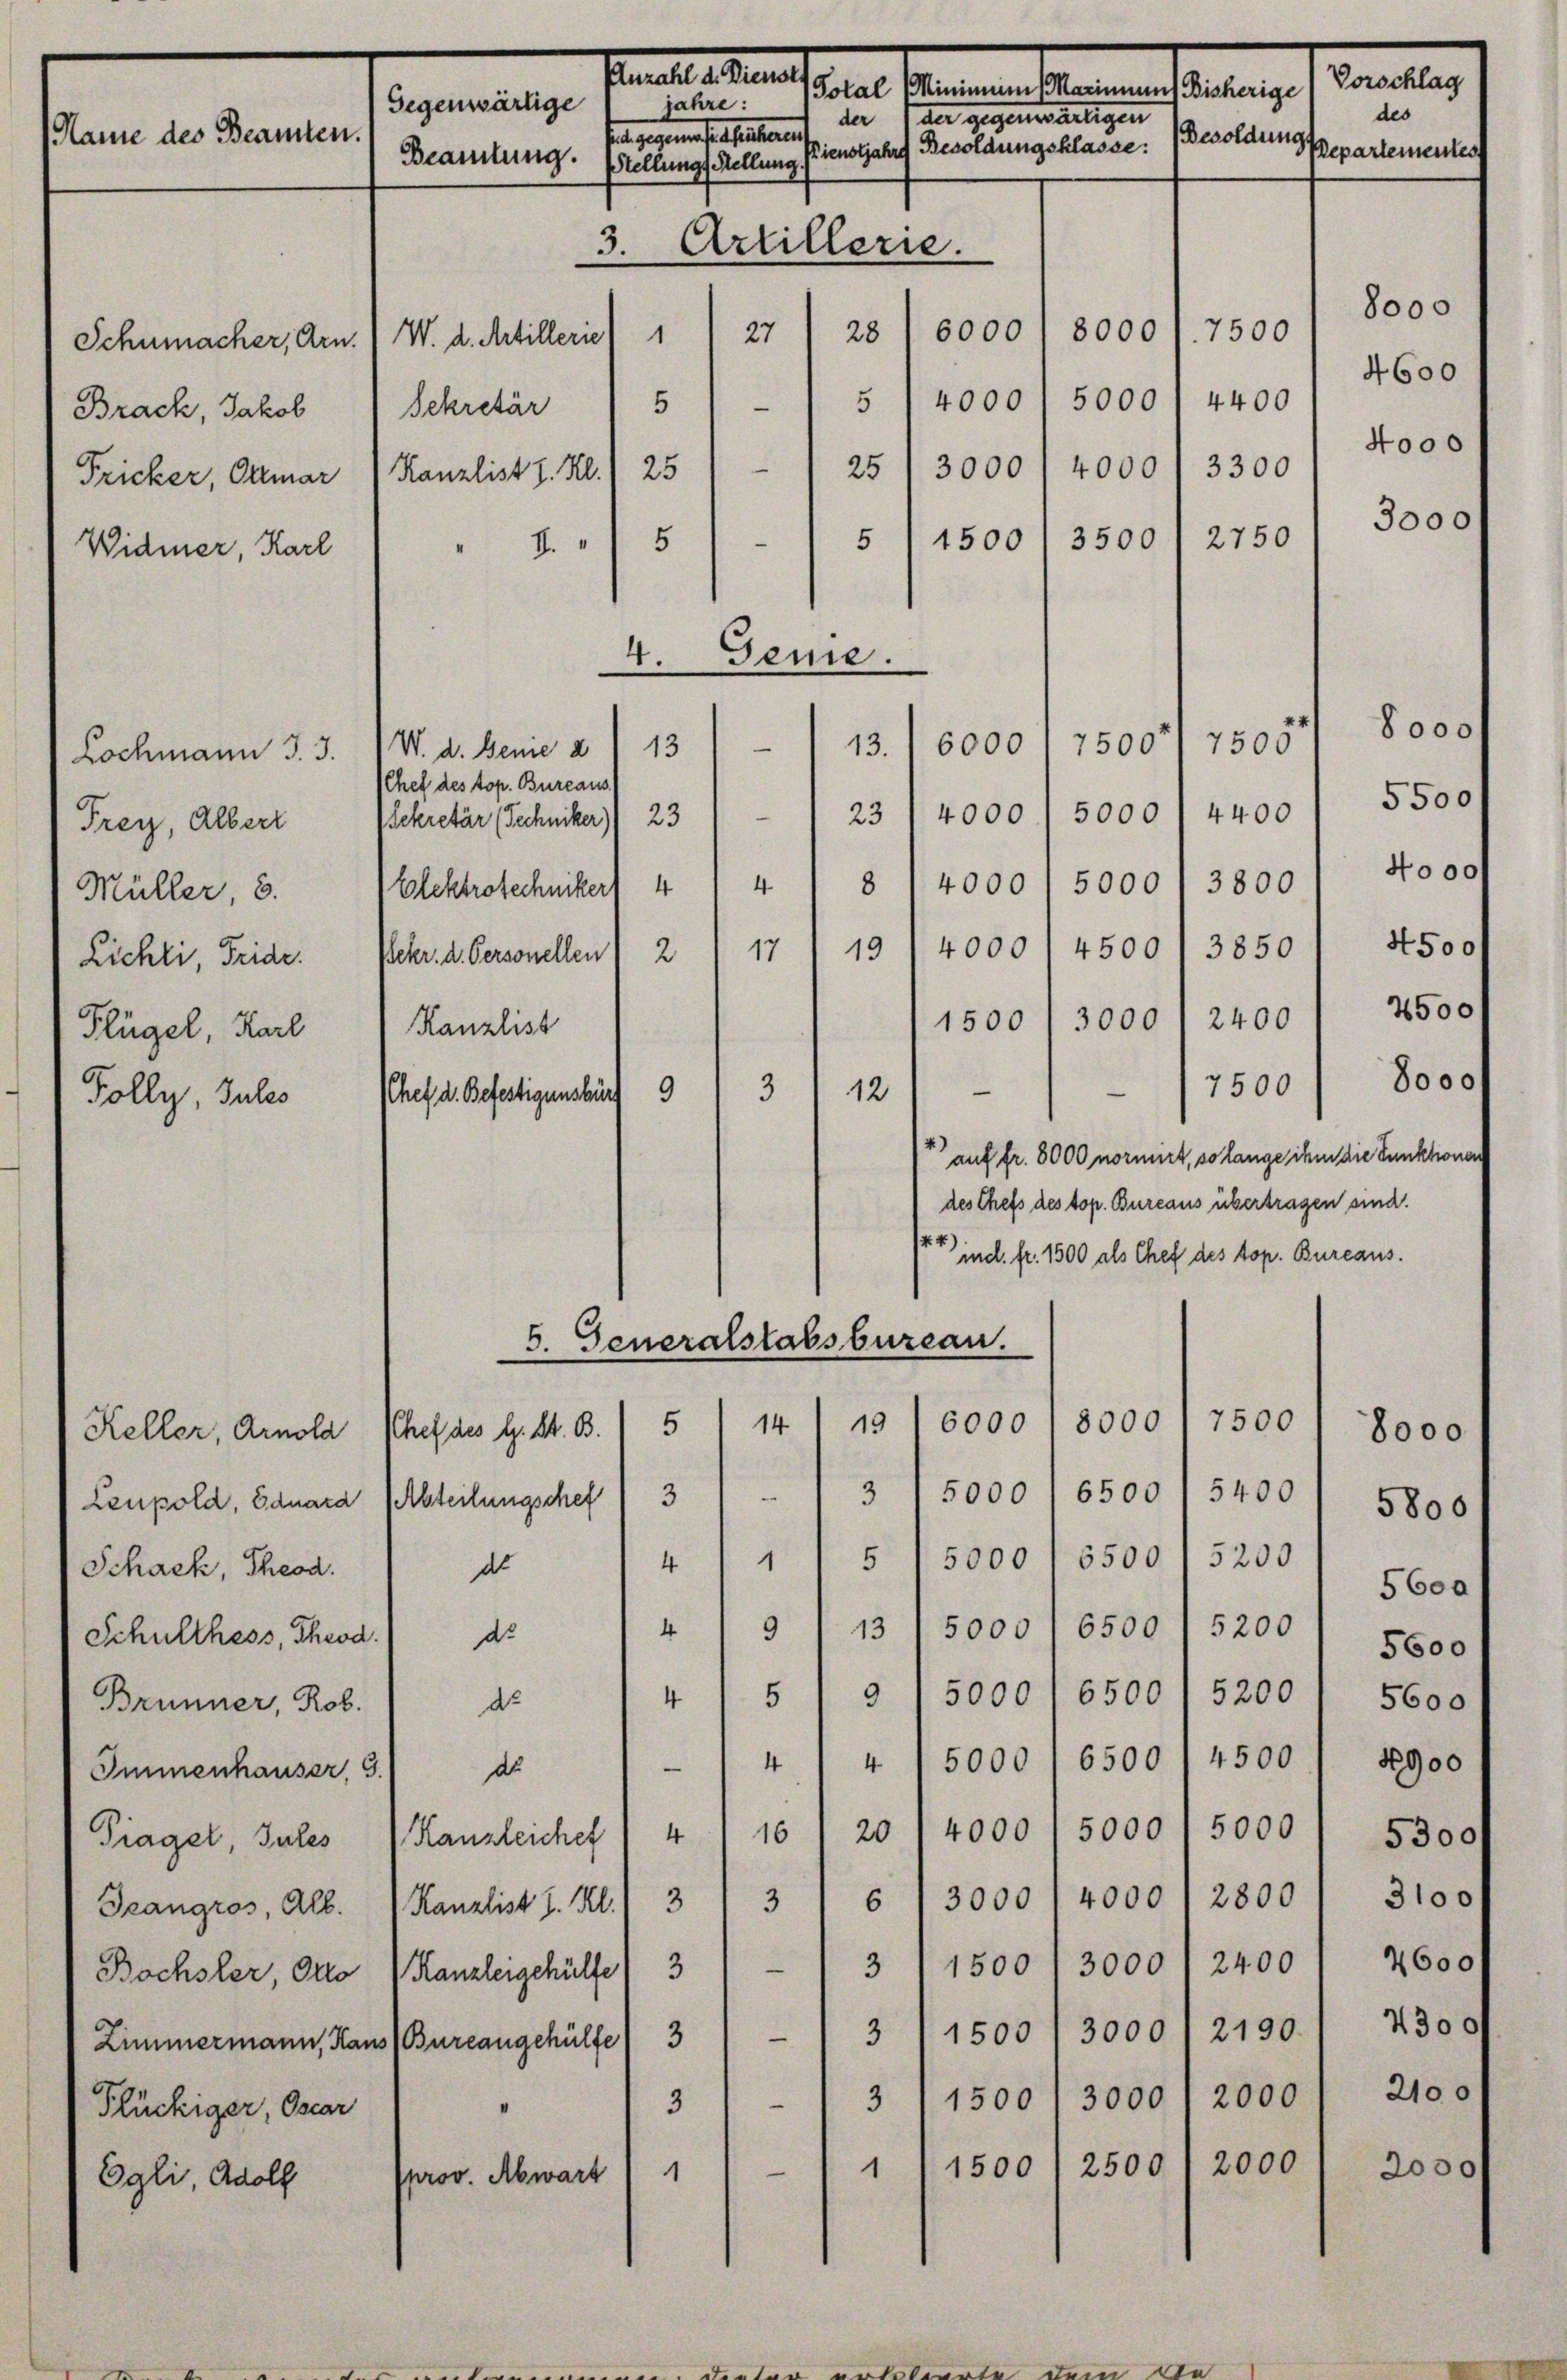
Widmer, Karl

Cancelle Kant
Vorschlag
ean Parten bereinstalten
jahre:
Gegenwärtige
des
der der gegenwärtigen
Name des Beamten.
Besoldungs
Dienstjahre Besoldungsklasse:
Pepartementes
Beamtung. Stellung Stellung
3.
Artillerie.
8000
8000
6000
7500
27
28
1
Schumacher, Arn. W. d. Artillerie
4600
Brack, Jakob " Sekretär / 5)- / 5 4000, 5000 / 4400
4000
.
3300
25 / 3000) 4000
Fricker, Olmar Kanzlist I. Kl. 1 25
3000f
3500
2750

Lochmann J. 3.
Frey, Alberr
Müller, 3.
Lichti, Tride.
Flügel, Karl
Tolly, Sules

5
1500
5
.
" 4
4.
7500
6000
75007
13.
.
W. d. Genie a. 13
Chef des top. Bureaus
23/4000 f 5000/4400 / 55000
Sekretär (Techniker 23.
8 14000 1 5000 / 3800/ 4000
4
Elektrotechniker 4
4000 /4500) 38501 4500
19
17
2
Pekr. d. Personellen
1500 / 3000 1 2400 / 2500
Kanzlist
17500/ 8000
3
12
Schef d. Befestigensburg 9
" auf fr. 8000 normirt, so lange ihm die Funktionen
des Chefs des top. Bureaus übertragen sind.
ind. fr. 1500 als Chef des top. Bureaus.
6. Generalstabsbureau.
7500
19
6000
8000
14
Pchef des L. St. B. / 5
8000 f

3/5000 (6500) 5400) 5800
3
1
4
5 1 5000 l 5500) 3200. 5600
4
9
13/5000) 6500 / 5200) 5600
9 5000 / 6500 / 5200' scoo
5
4
4 " 15000 (6500/4500/ 18900
n
Piagel, Jules Kanzleichef / 4) 10) 20 14000 / 5000 1 5000) 5300
3100 f
Geangros, Alb. Kanzlist I. Kl. 3 3 1 6/ 3000 14000 f 2800
2600 f
3000 / 2400
1500
Bochsler, Otto Kanzleigehülfe 313
3/1500 / 3000/21901 4300
.
Zimmermann, Haus Bureangehülfe 3
31 - 1 3 11500 / 3000) 2000) 210.
1/1500 / 2500 / 2000 1 2000
.
1
Pprov. Abwart

Keller, Arnold
Leupold, Eduard (Abteilungschef
(Schach, Theod. d
Schulthess, Theod.) de
Brünner, Rob. de
Immenhauser, 3. d
Plückiger, Oscar
Egli, Adolf

Genie.

icht gegenen hat seiterer

8000 f